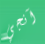
آنجي